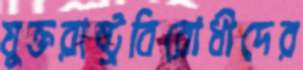
যুক্তরাষ্ট্রবিরোধীদের